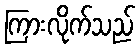
ကြားလိုက်သည်